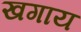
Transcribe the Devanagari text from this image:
खगाय